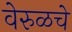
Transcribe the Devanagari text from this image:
वेरुळचे